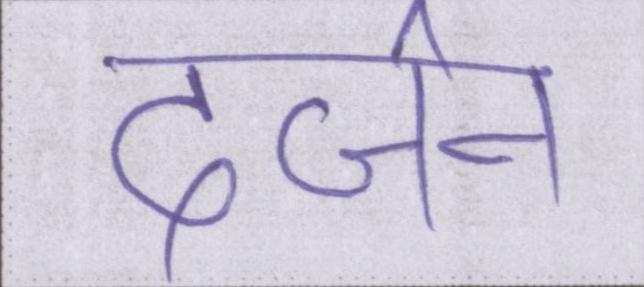
दर्जन